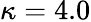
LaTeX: \kappa=4.0